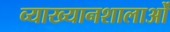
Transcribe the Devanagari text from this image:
व्याख्यानशालाओं